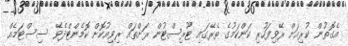
އެގޮތުން ކުރިއަށް ރޭވިފަހުރި ކަންކަމުގެ ތެރޭގައި ޓޫރިސްޓުން ރަށްތައް ރިވިއުކޮށް ކޮމެންޓްދެވޭ ސިސްޓަމެއް